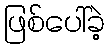
ဖြစ်ပေါ်ခဲ့